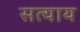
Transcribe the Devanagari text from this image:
सत्याय